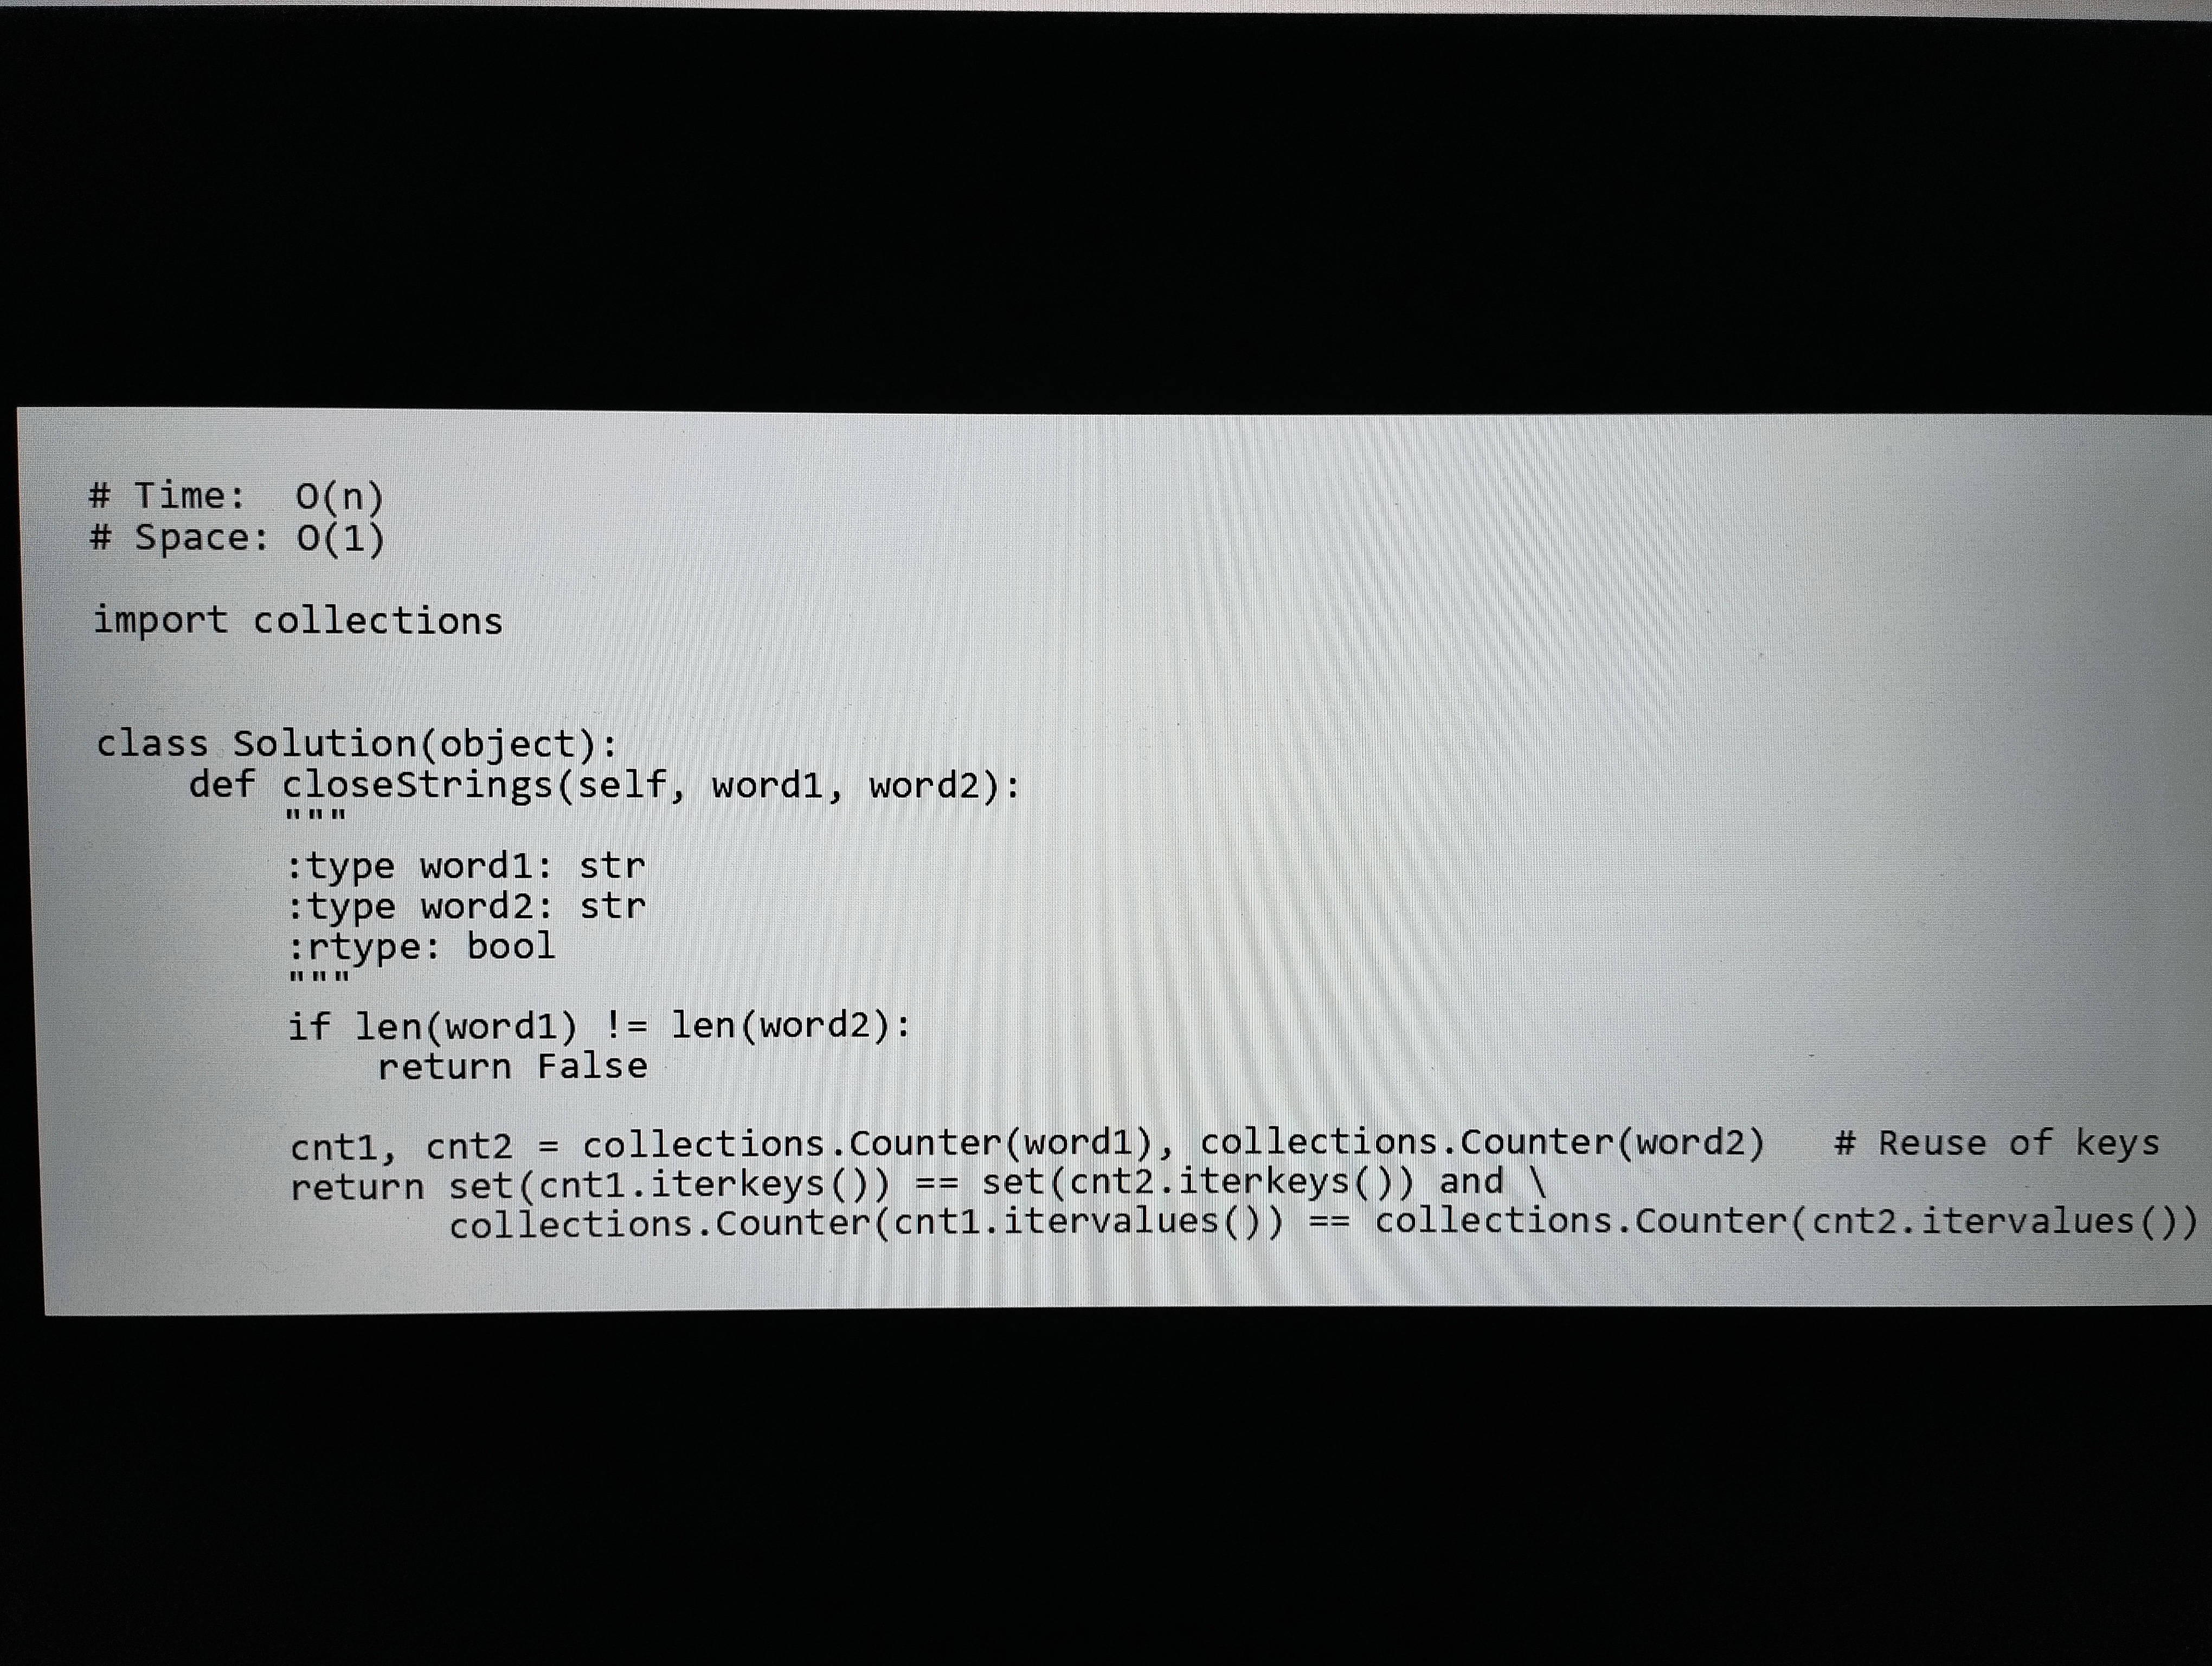
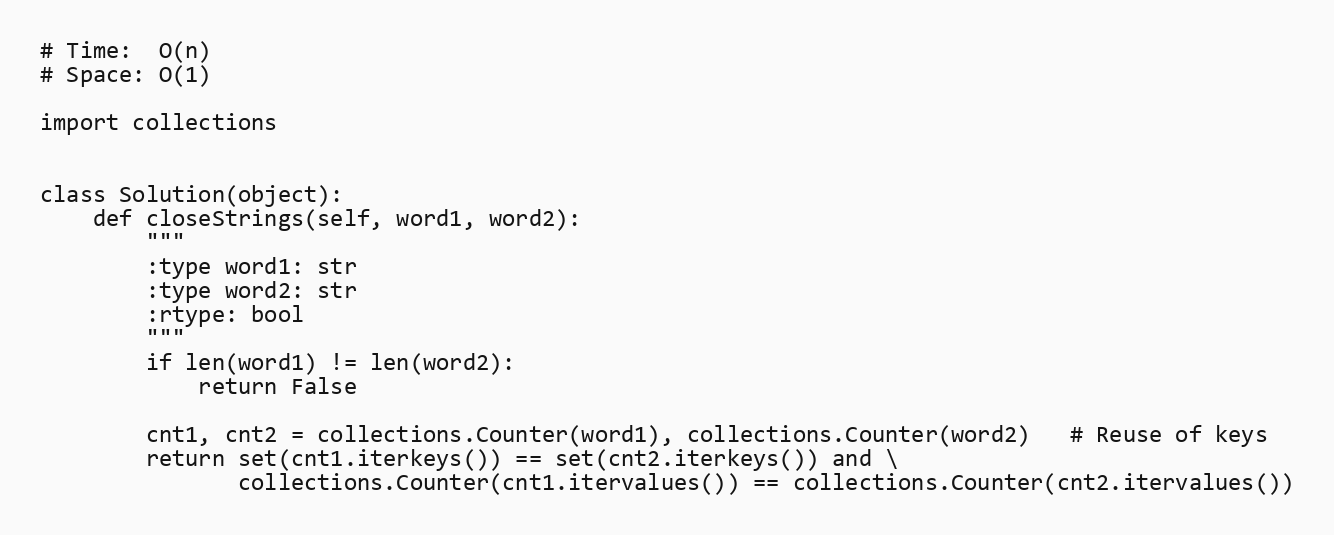
# Time:  O(n)
# Space: O(1)

import collections

class Solution(object):
    def closeStrings(self, word1, word2):
        """
        :type word1: str
        :type word2: str
        :rtype: bool
        """
        if len(word1) != len(word2):
            return False

        cnt1, cnt2 = collections.Counter(word1), collections.Counter(word2)   # Reuse of keys
        return set(cnt1.iterkeys()) == set(cnt2.iterkeys()) and \
               collections.Counter(cnt1.itervalues()) == collections.Counter(cnt2.itervalues())